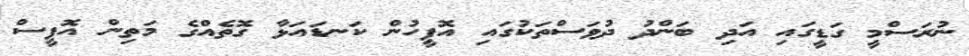
ނުރަސްމީ ގަޑީގައި އަދި ބަންދު ދުވަސްތަކުގައި އޮފީހުން ކަނޑައަޅާ ގޮތެއްގެ މަތިން އޮފީސް